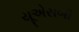
યૂએસબી